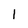
Character: l